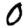
Digit: 0